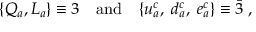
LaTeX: \{ Q _ { a } , L _ { a } \} \equiv 3 \quad \mathrm { a n d } \quad \{ u _ { a } ^ { c } , \; d _ { a } ^ { c } , \; e _ { a } ^ { c } \} \equiv \bar { 3 } \; ,